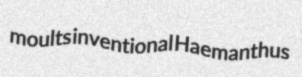
moults inventional Haemanthus